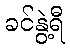
ခင်နွဲ့ရီ